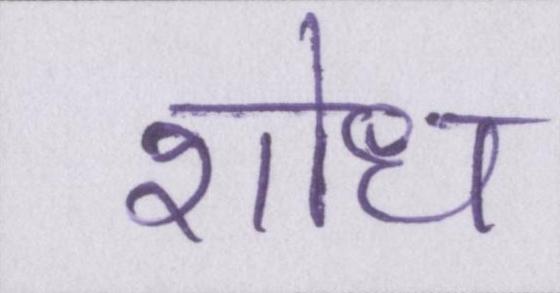
शोध